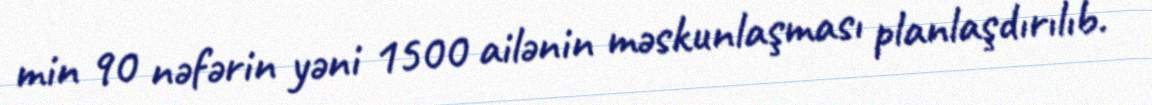
min 90 nəfərin yəni 1500 ailənin məskunlaşması planlaşdırılıb.